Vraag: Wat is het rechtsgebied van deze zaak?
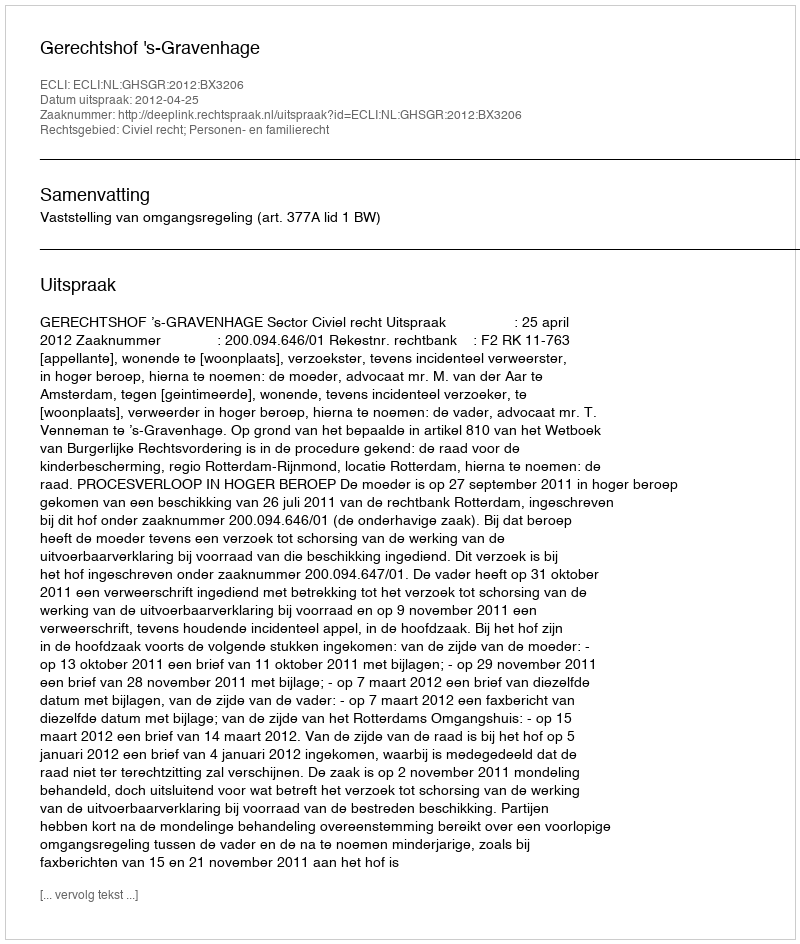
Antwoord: Civiel recht; Personen- en familierecht